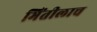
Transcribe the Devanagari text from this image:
भिंतीलाच